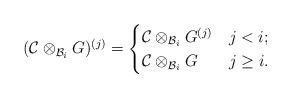
LaTeX: \begin{align*}(\mathcal{C}\otimes_{\mathcal{B}_i} G)^{(j)}=\begin{cases} \mathcal{C}\otimes_{\mathcal{B}_i} G^{(j)}& j< i;\\ \mathcal{C}\otimes_{\mathcal{B}_i} G& j\ge i. \end{cases} \end{align*}